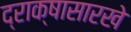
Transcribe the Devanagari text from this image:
द्राक्षासारखे